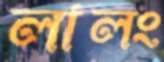
লালং